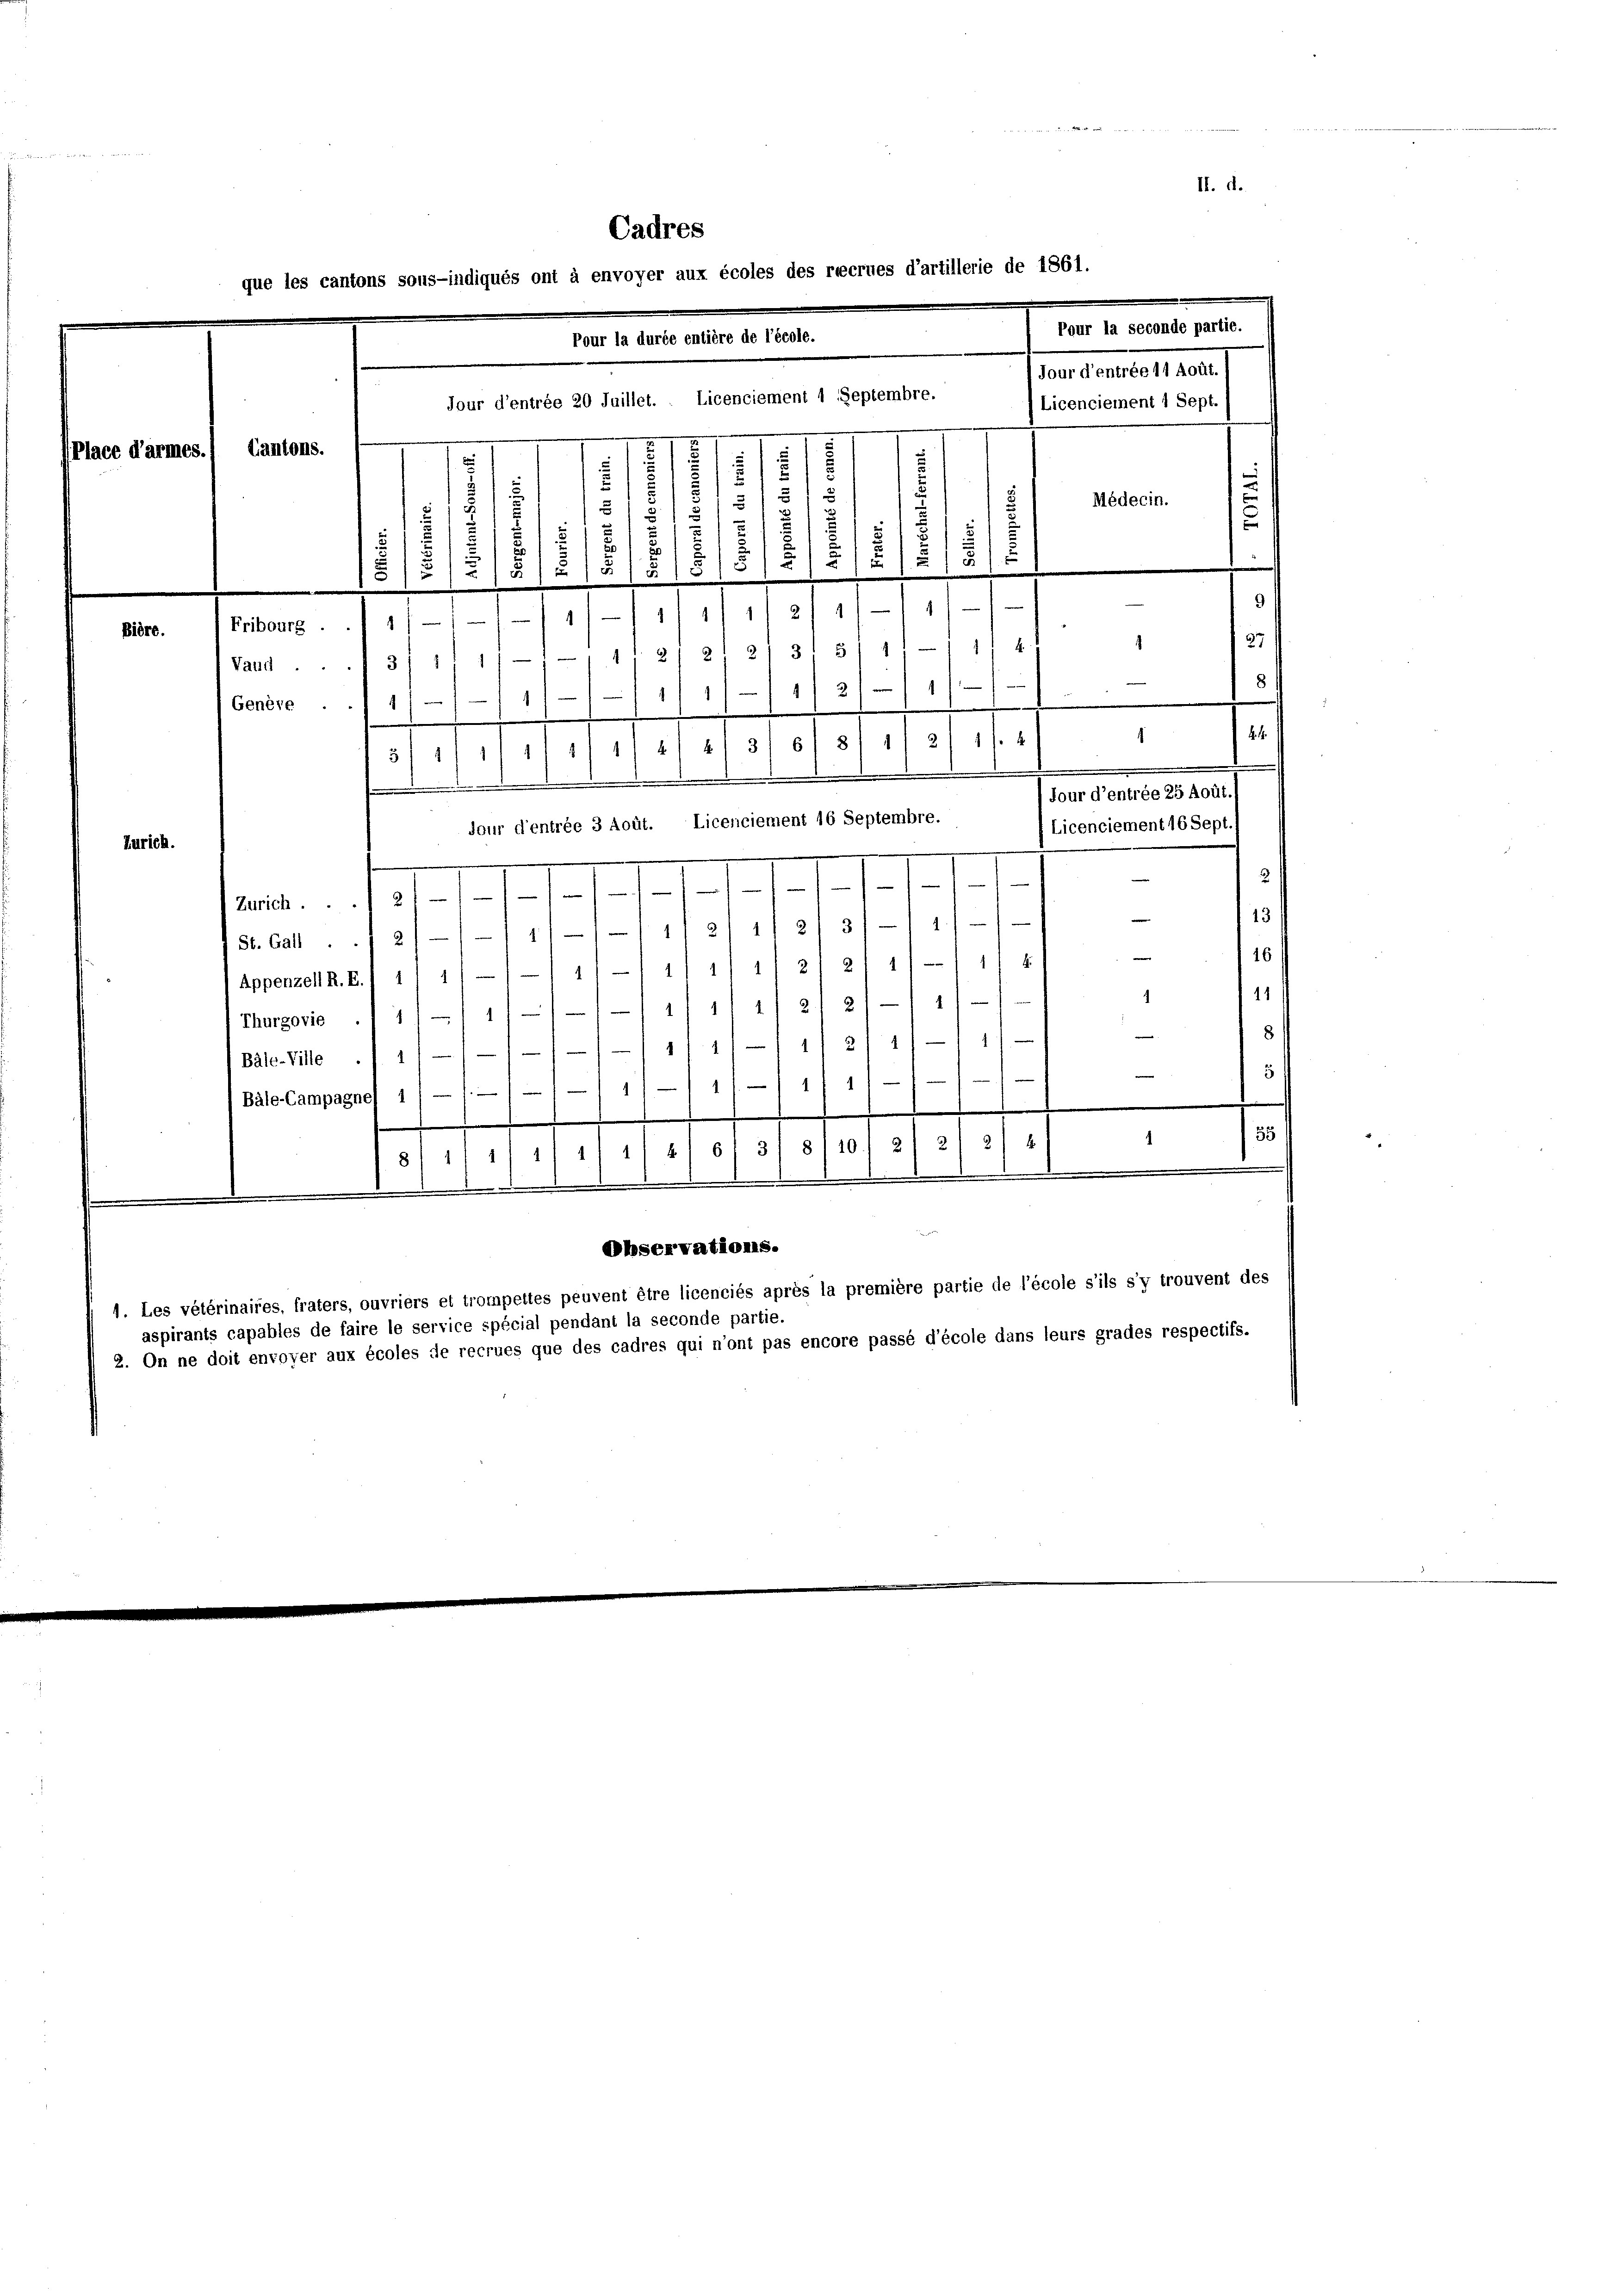
Cadres
que les cantons sous-indiqués ont à envoyer aux écoles des ricrues d’artillerie de 1861.
Pour la seconde partie.
Pour la durée entière de l’école.
Jour d’entrée 11 Août.
Licenciement 1 Sept.
lace d’armes.) Cantons.
.
15
151
s
Médecin.
5
5
1
u
5
.
.
5
.
1515
.
u
9
/11 1/2 1
Fribourg . . 1///11
Bière.
37
.
315/1
Vand.3/11 1/1 11 2) 2
e
1
1
1/2
g
g
4
Genève

H. 1.
g
12/ 1
8
6
11/11 1883
5 f 1
Tour d’entrée 25 Aoüt.)
Jour d’entrée 3 Aoüt. Licenciement 16 Septembre.
Licenciement 16 Sept.)
Zürich.
s
Zürich . . . 21-11/11/11///
13
e
3/ 1
2.
St. Gal ..1 2) —1-/ 11—1-/ 1/2' 1
26 f
e
411/11 1/2 1 2/4 18
Appenzell R. R./ 11 1) —
11
2/21/11
.
11
 Thurgovie
.
11/1 11 21 11

e

Bäle-Ville ./ 1
5
111 1
.
1
Bäle-Campagne
s
1

55
1
8/11 11 1/2 1/2 10 3/8/10./ 2/ 21 2/4 1

.

1
Observations.
1. Les vétérinaires, fraters, ouvriers et trompettes peuvent être licenciés après la première partie de l’école s’ils s’y trouvent des
aspirants capables de faire le service spécial pendant la seconde partie.
2. On ne doit envoyer aux écoles de recrues que des cadres qui n’ont pas encore passé d’école dans leurs grades respectifs.

Jour d’entrée 20 Juillet. Licenciement 1 Septembre.

II. d.